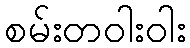
စမ်းတဝါးဝါး